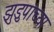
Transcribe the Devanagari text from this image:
झुडुपांच्या